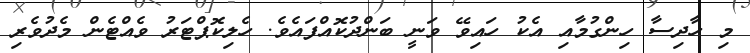
މި ހާދިސާ ހިންގުމާއި އެކު ހައިވޭ ވަނީ ބަންދުކޮއްފައެވެ. ހެލިކޮޕްޓަރު ވެއްޓެން މެދުވެރި